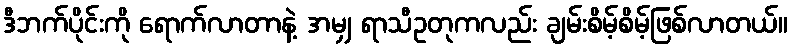
ဒီဘက်ပိုင်းကို ရောက်လာတာနဲ့ အမျှ ရာသီဥတုကလည်း ချမ်းစိမ့်စိမ့်ဖြစ်လာတယ်။